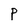
Character: P